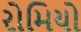
રોમિયો